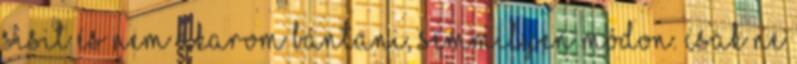
Sisit és nem akarom bántani, semmilyen módon. Csak ne